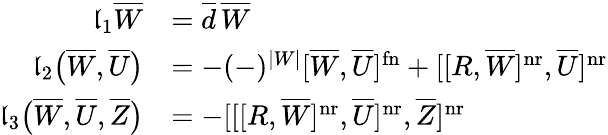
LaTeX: \begin{array}{rl}{\mathfrak l_{1}\overline{W}}&{=\overline{d}\, \overline{W}}\\ {\mathfrak l_{2}\big(\overline{W},\overline{U}\big)}&{=-(-)^{|W|}[\overline{W},\overline{U}]^{\mathrm{fn}}+[[R,\overline{W}]^{\mathrm{nr}},\overline{U}]^{\mathrm{nr}}}\\ {\mathfrak l_{3}\big(\overline{W},\overline{U},\overline{Z}\big)}&{=-[[[R,\overline{W}]^{\mathrm{nr}},\overline{U}]^{\mathrm{nr}},\overline{Z}]^{\mathrm{nr}}}\end{array}